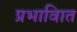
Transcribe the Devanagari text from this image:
प्रभावाित